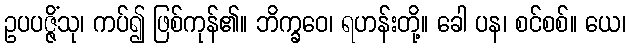
ဥပပဇ္ဇိံသု၊ ကပ်၍ ဖြစ်ကုန်၏။ ဘိက္ခဝေ၊ ရဟန်းတို့။ ခေါ ပန၊ စင်စစ်။ ယေ၊